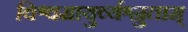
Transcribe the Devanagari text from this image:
विश्वमायुर्व्यश्नुताम्‌